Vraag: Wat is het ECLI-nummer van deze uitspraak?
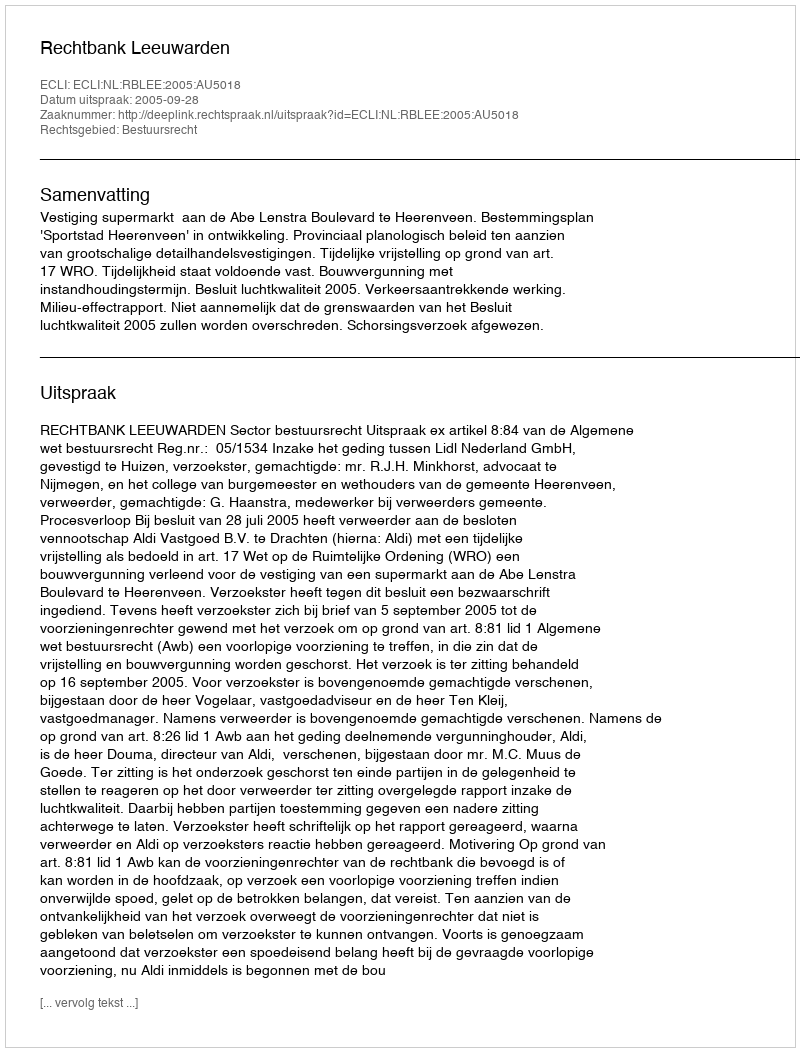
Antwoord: ECLI:NL:RBLEE:2005:AU5018